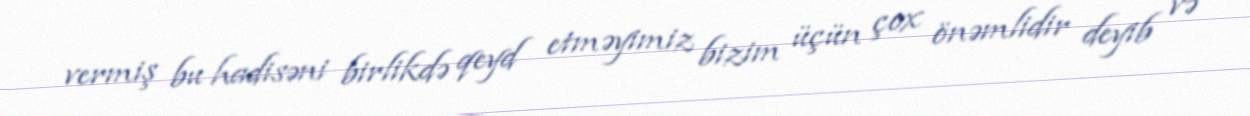
vermiş bu hadisəni birlikdə qeyd etməyimiz bizim üçün çox önəmlidir deyib və